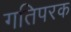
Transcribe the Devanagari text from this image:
गतिपरक